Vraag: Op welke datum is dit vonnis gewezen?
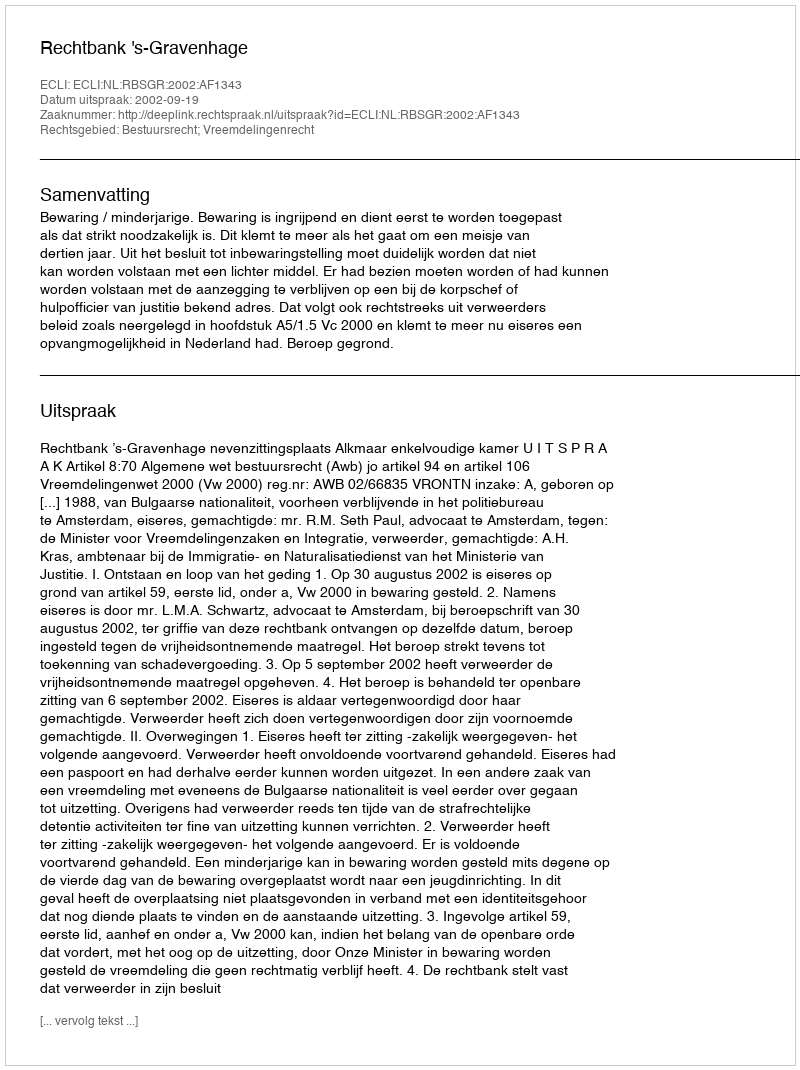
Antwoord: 2002-09-19